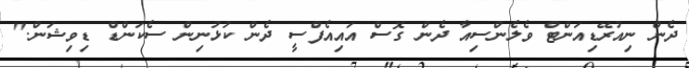
ދެން ނިއުރޭޑިއަންޓް ވެލެންސިއާ ދެން ގޮސް އައިއެފްސީ ދެން ކުޅުނިން ސެކަންޑް ޑިވިޝަން."